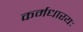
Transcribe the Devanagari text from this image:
कर्मधारयः